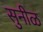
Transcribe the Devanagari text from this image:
सुनीळ